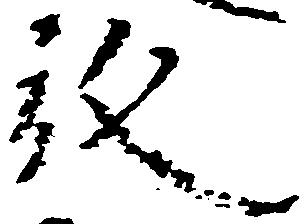
放